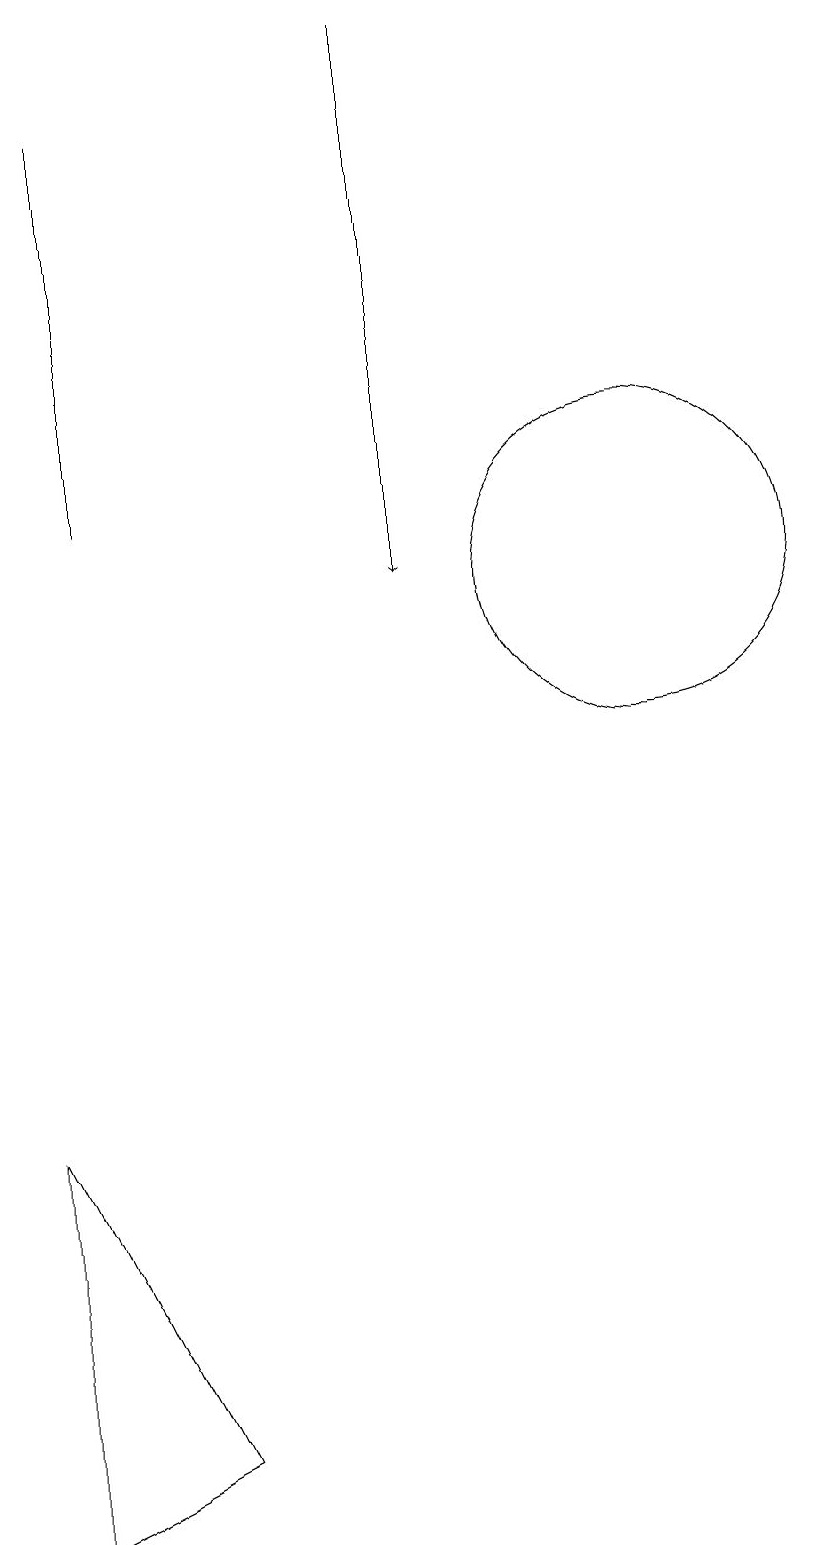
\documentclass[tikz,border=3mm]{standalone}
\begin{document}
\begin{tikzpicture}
\draw[->] (7,19) -- (7,12);
\draw (10,12) circle (2);
\draw (2,5) -- (2,0) -- (4,1) -- cycle;
\draw (3,18) rectangle (3,13);
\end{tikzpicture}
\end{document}